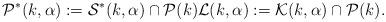
LaTeX: \begin{align*}\mathcal{P}^{*}(k,\alpha):= \mathcal{S}^{*}(k,\alpha) \cap \mathcal{P}(k) \mathcal{L}(k,\alpha):= \mathcal{K}(k,\alpha)\cap \mathcal{P}(k).\end{align*}